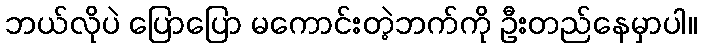
ဘယ်လိုပဲ ပြောပြော မကောင်းတဲ့ဘက်ကို ဦးတည်နေမှာပါ။